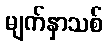
မျက်နှာသစ်